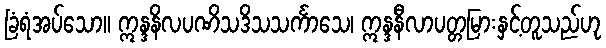
ခြံရံအပ်သော။ ဣန္ဒနိလပဏိသဒိသသင်္ကာသေ၊ ဣန္ဒနီလာပတ္တမြားနှင့်တူသည်ဟု